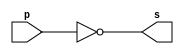
// Exemplo0002 - not 
// Nome: Silvino Henrique Santos de Souza 

// ------------------------- 
// -- not gate 
// ------------------------- 
module notgate (output s, input p); 
	assign s = ~p; 
endmodule 

// ------------------------- 
// -- test not gate 
// ------------------------- 
module testnotgate; 
	reg a; // definir registrador 
	wire s; // definir conexao (fio) 
	notgate NOT1 (s, a); 
	
	initial begin:start 
		a=0; // valor inicial 
	end 

	initial begin:main 
		$display("Exemplo 0002 - Silvino Henrique Santos de Souza - 412773"); 
		$display("Test NOT Gate:"); 
		$display("\n~a = s\n");  
		
		$monitor("~%b = %b", a, s); 
		#1 a=0;
		#1 a=1; 
	end 
endmodule